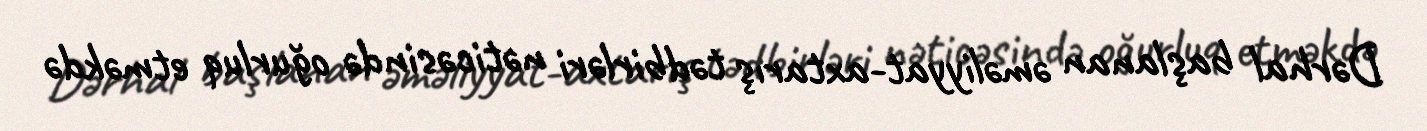
Dərhal başlanan əməliyyat-axtarış tədbirləri nəticəsində oğurluq etməkdə